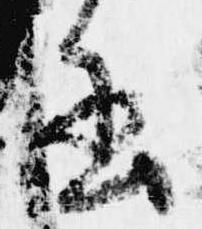
書